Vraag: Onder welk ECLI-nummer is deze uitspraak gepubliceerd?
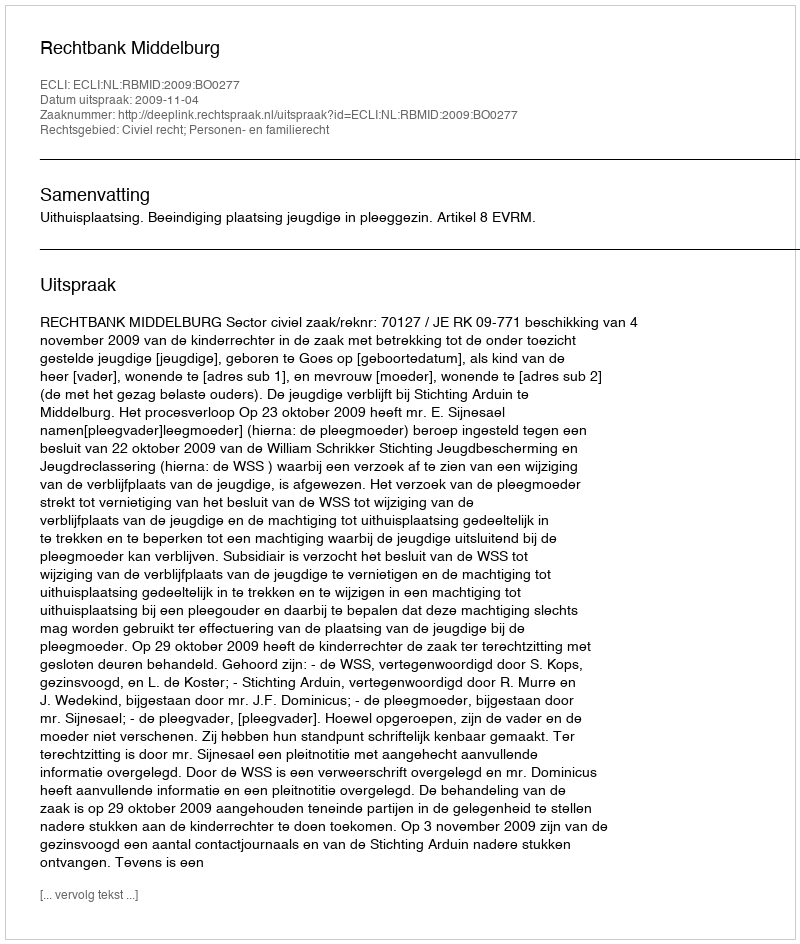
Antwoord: ECLI:NL:RBMID:2009:BO0277